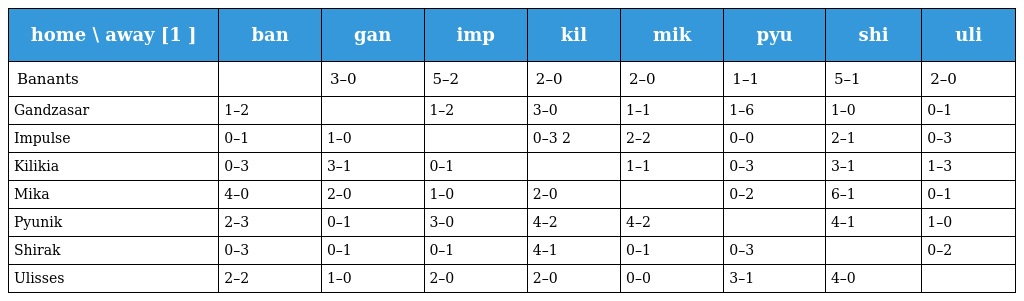
| home \ away [1 ] | ban | gan | imp | kil | mik | pyu | shi | uli |
 | --- | --- | --- | --- | --- | --- | --- | --- | --- |
 | Banants |  | 3–0 | 5–2 | 2–0 | 2–0 | 1–1 | 5–1 | 2–0 |
 | Gandzasar | 1–2 |  | 1–2 | 3–0 | 1–1 | 1–6 | 1–0 | 0–1 |
 | Impulse | 0–1 | 1–0 |  | 0–3 2 | 2–2 | 0–0 | 2–1 | 0–3 |
 | Kilikia | 0–3 | 3–1 | 0–1 |  | 1–1 | 0–3 | 3–1 | 1–3 |
 | Mika | 4–0 | 2–0 | 1–0 | 2–0 |  | 0–2 | 6–1 | 0–1 |
 | Pyunik | 2–3 | 0–1 | 3–0 | 4–2 | 4–2 |  | 4–1 | 1–0 |
 | Shirak | 0–3 | 0–1 | 0–1 | 4–1 | 0–1 | 0–3 |  | 0–2 |
 | Ulisses | 2–2 | 1–0 | 2–0 | 2–0 | 0–0 | 3–1 | 4–0 |  |